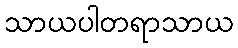
သာယပါတရာသာယ